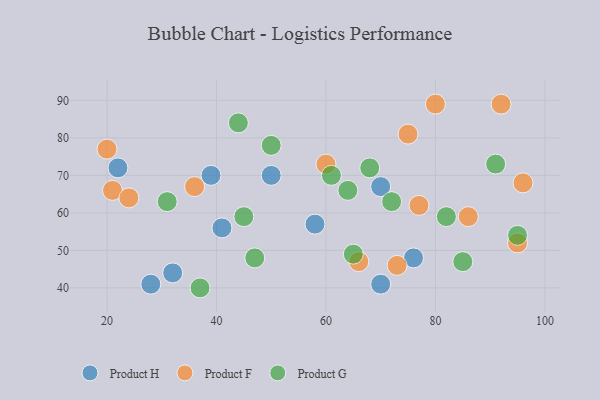
{"axis": {"x": "GDP", "y": "Life Expectancy"}, "legend": ["Product F", "Product G", "Product H"], "data": [{"x": "70", "y": 41, "type": "Product H"}, {"x": "70", "y": 67, "type": "Product H"}, {"x": "32", "y": 44, "type": "Product H"}, {"x": "39", "y": 70, "type": "Product H"}, {"x": "22", "y": 72, "type": "Product H"}, {"x": "50", "y": 70, "type": "Product H"}, {"x": "58", "y": 57, "type": "Product H"}, {"x": "28", "y": 41, "type": "Product H"}, {"x": "76", "y": 48, "type": "Product H"}, {"x": "41", "y": 56, "type": "Product H"}, {"x": "77", "y": 62, "type": "Product F"}, {"x": "66", "y": 47, "type": "Product F"}, {"x": "96", "y": 68, "type": "Product F"}, {"x": "95", "y": 52, "type": "Product F"}, {"x": "60", "y": 73, "type": "Product F"}, {"x": "21", "y": 66, "type": "Product F"}, {"x": "80", "y": 89, "type": "Product F"}, {"x": "20", "y": 77, "type": "Product F"}, {"x": "86", "y": 59, "type": "Product F"}, {"x": "73", "y": 46, "type": "Product F"}, {"x": "92", "y": 89, "type": "Product F"}, {"x": "75", "y": 81, "type": "Product F"}, {"x": "24", "y": 64, "type": "Product F"}, {"x": "36", "y": 67, "type": "Product F"}, {"x": "45", "y": 59, "type": "Product G"}, {"x": "47", "y": 48, "type": "Product G"}, {"x": "91", "y": 73, "type": "Product G"}, {"x": "68", "y": 72, "type": "Product G"}, {"x": "64", "y": 66, "type": "Product G"}, {"x": "37", "y": 40, "type": "Product G"}, {"x": "82", "y": 59, "type": "Product G"}, {"x": "31", "y": 63, "type": "Product G"}, {"x": "44", "y": 84, "type": "Product G"}, {"x": "85", "y": 47, "type": "Product G"}, {"x": "50", "y": 78, "type": "Product G"}, {"x": "95", "y": 54, "type": "Product G"}, {"x": "65", "y": 49, "type": "Product G"}, {"x": "61", "y": 70, "type": "Product G"}, {"x": "72", "y": 63, "type": "Product G"}]}